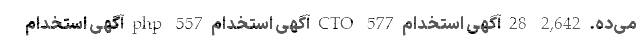
می‌ده. 2,642 28 آگهی استخدام CTO 577 آگهی استخدام php 557 آگهی استخدام